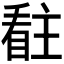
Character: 𭿊